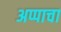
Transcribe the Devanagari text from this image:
अप्पाचा